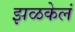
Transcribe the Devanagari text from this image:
झळकेलं